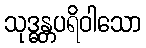
သုဒ္ဓန္တပရိဝါသော